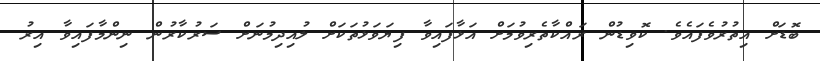
ބޮޑަށް އިތުރުވެފައެވެ. ކޮވިޑުން ރައްކާތެރިވުމަށް އަޅާފައިވާ ފިޔަވަޅުތަކަށް ލުއިދިމުނަށް ސަރުކާރުން ނިންމާފައިވާ އިރު